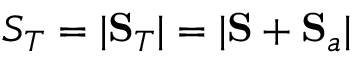
S _ { T } = | \mathbf { S } _ { T } | = | \mathbf { S } + \mathbf { S } _ { a } |